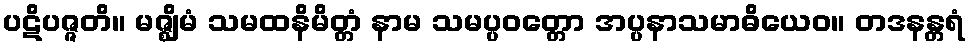
ပဋိပဇ္ဇတိ။ မဇ္ဈိမံ သမထနိမိတ္တံ နာမ သမပ္ပဝတ္တော အပ္ပနာသမာဓိယေဝ။ တဒနန္တရံ